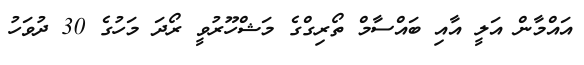
އައްމާން އަލީ އާއި ބައްސާމް ތޯރިގްގެ މަޝްހޫރުވީ ރޯދަ މަހުގެ 30 ދުވަހު